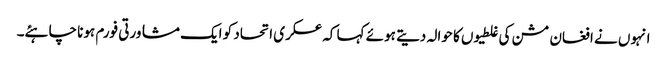
انہوں نے افغان مشن کی غلطیوں کا حوالہ دیتے ہوئے کہا کہ عسکری اتحاد کو ایک مشاورتی فورم ہونا چاہئے۔